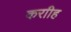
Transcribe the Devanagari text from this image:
कराीह